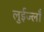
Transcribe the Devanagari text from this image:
लुईज्लाँ